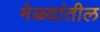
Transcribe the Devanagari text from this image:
मेळ्यांतील